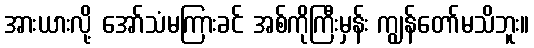
အားယားလို့ အော်သံမကြားခင် အစ်ကိုကြီးမှန်း ကျွန်တော်မသိဘူး။